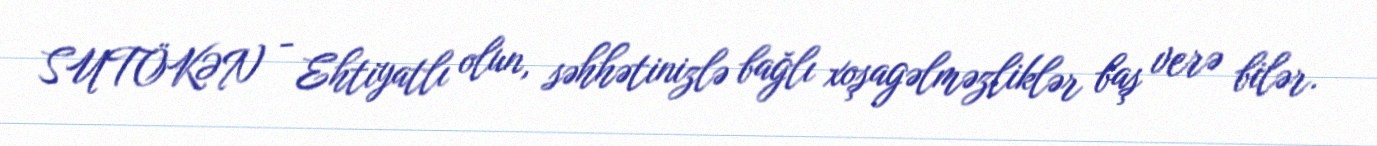
SUTÖKƏN - Ehtiyatlı olun, səhhətinizlə bağlı xoşagəlməzliklər baş verə bilər.